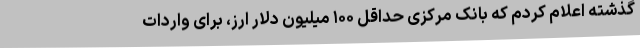
گذشته اعلام کردم که بانک مرکزی حداقل ۱۰۰ میلیون دلار ارز،‌ برای واردات